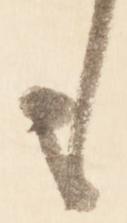
も